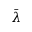
\bar { \lambda }